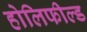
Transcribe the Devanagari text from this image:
होलिफील्ड